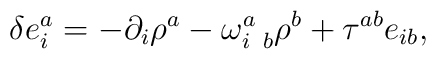
\delta e_{i}^{a}=-\partial_{i}\rho^{a}-\omega_{i\;\; b}^{a}\rho^{b}+\tau^{ab}e_{ib},